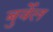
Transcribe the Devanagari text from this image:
बुर्वेल